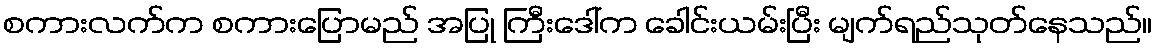
စကားလက်က စကားပြောမည် အပြု ကြီးဒေါ်က ခေါင်းယမ်းပြီး မျက်ရည်သုတ်နေသည်။